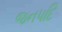
જનપદિ